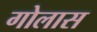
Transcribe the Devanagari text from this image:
गोलास